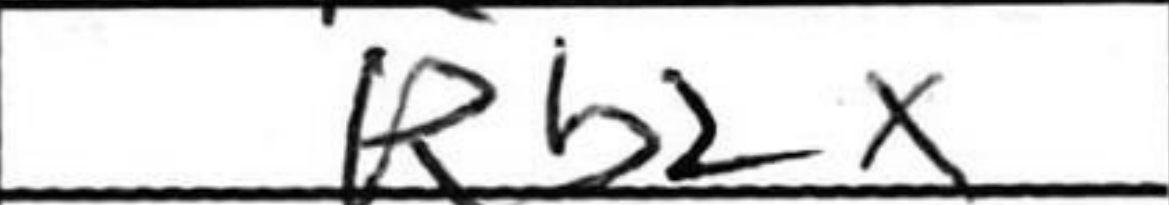
Transcription: Rb2x